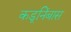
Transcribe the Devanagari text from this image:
कडूनिंबास